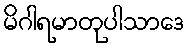
မိဂါရမာတုပါသာဒေ